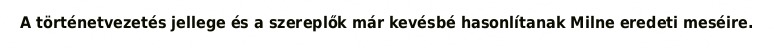
A történetvezetés jellege és a szereplők már kevésbé hasonlítanak Milne eredeti meséire.